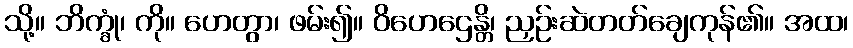
သို့။ ဘိက္ခုံ၊ ကို။ ဟေတွာ၊ ဖမ်း၍။ ဝိဟေဌေန္တိ၊ ညှဉ်းဆဲတတ်ချေကုန်၏။ အထ၊